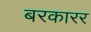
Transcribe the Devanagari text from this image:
बरकारर